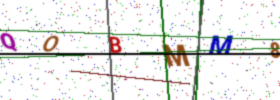
Text: QOBMM8